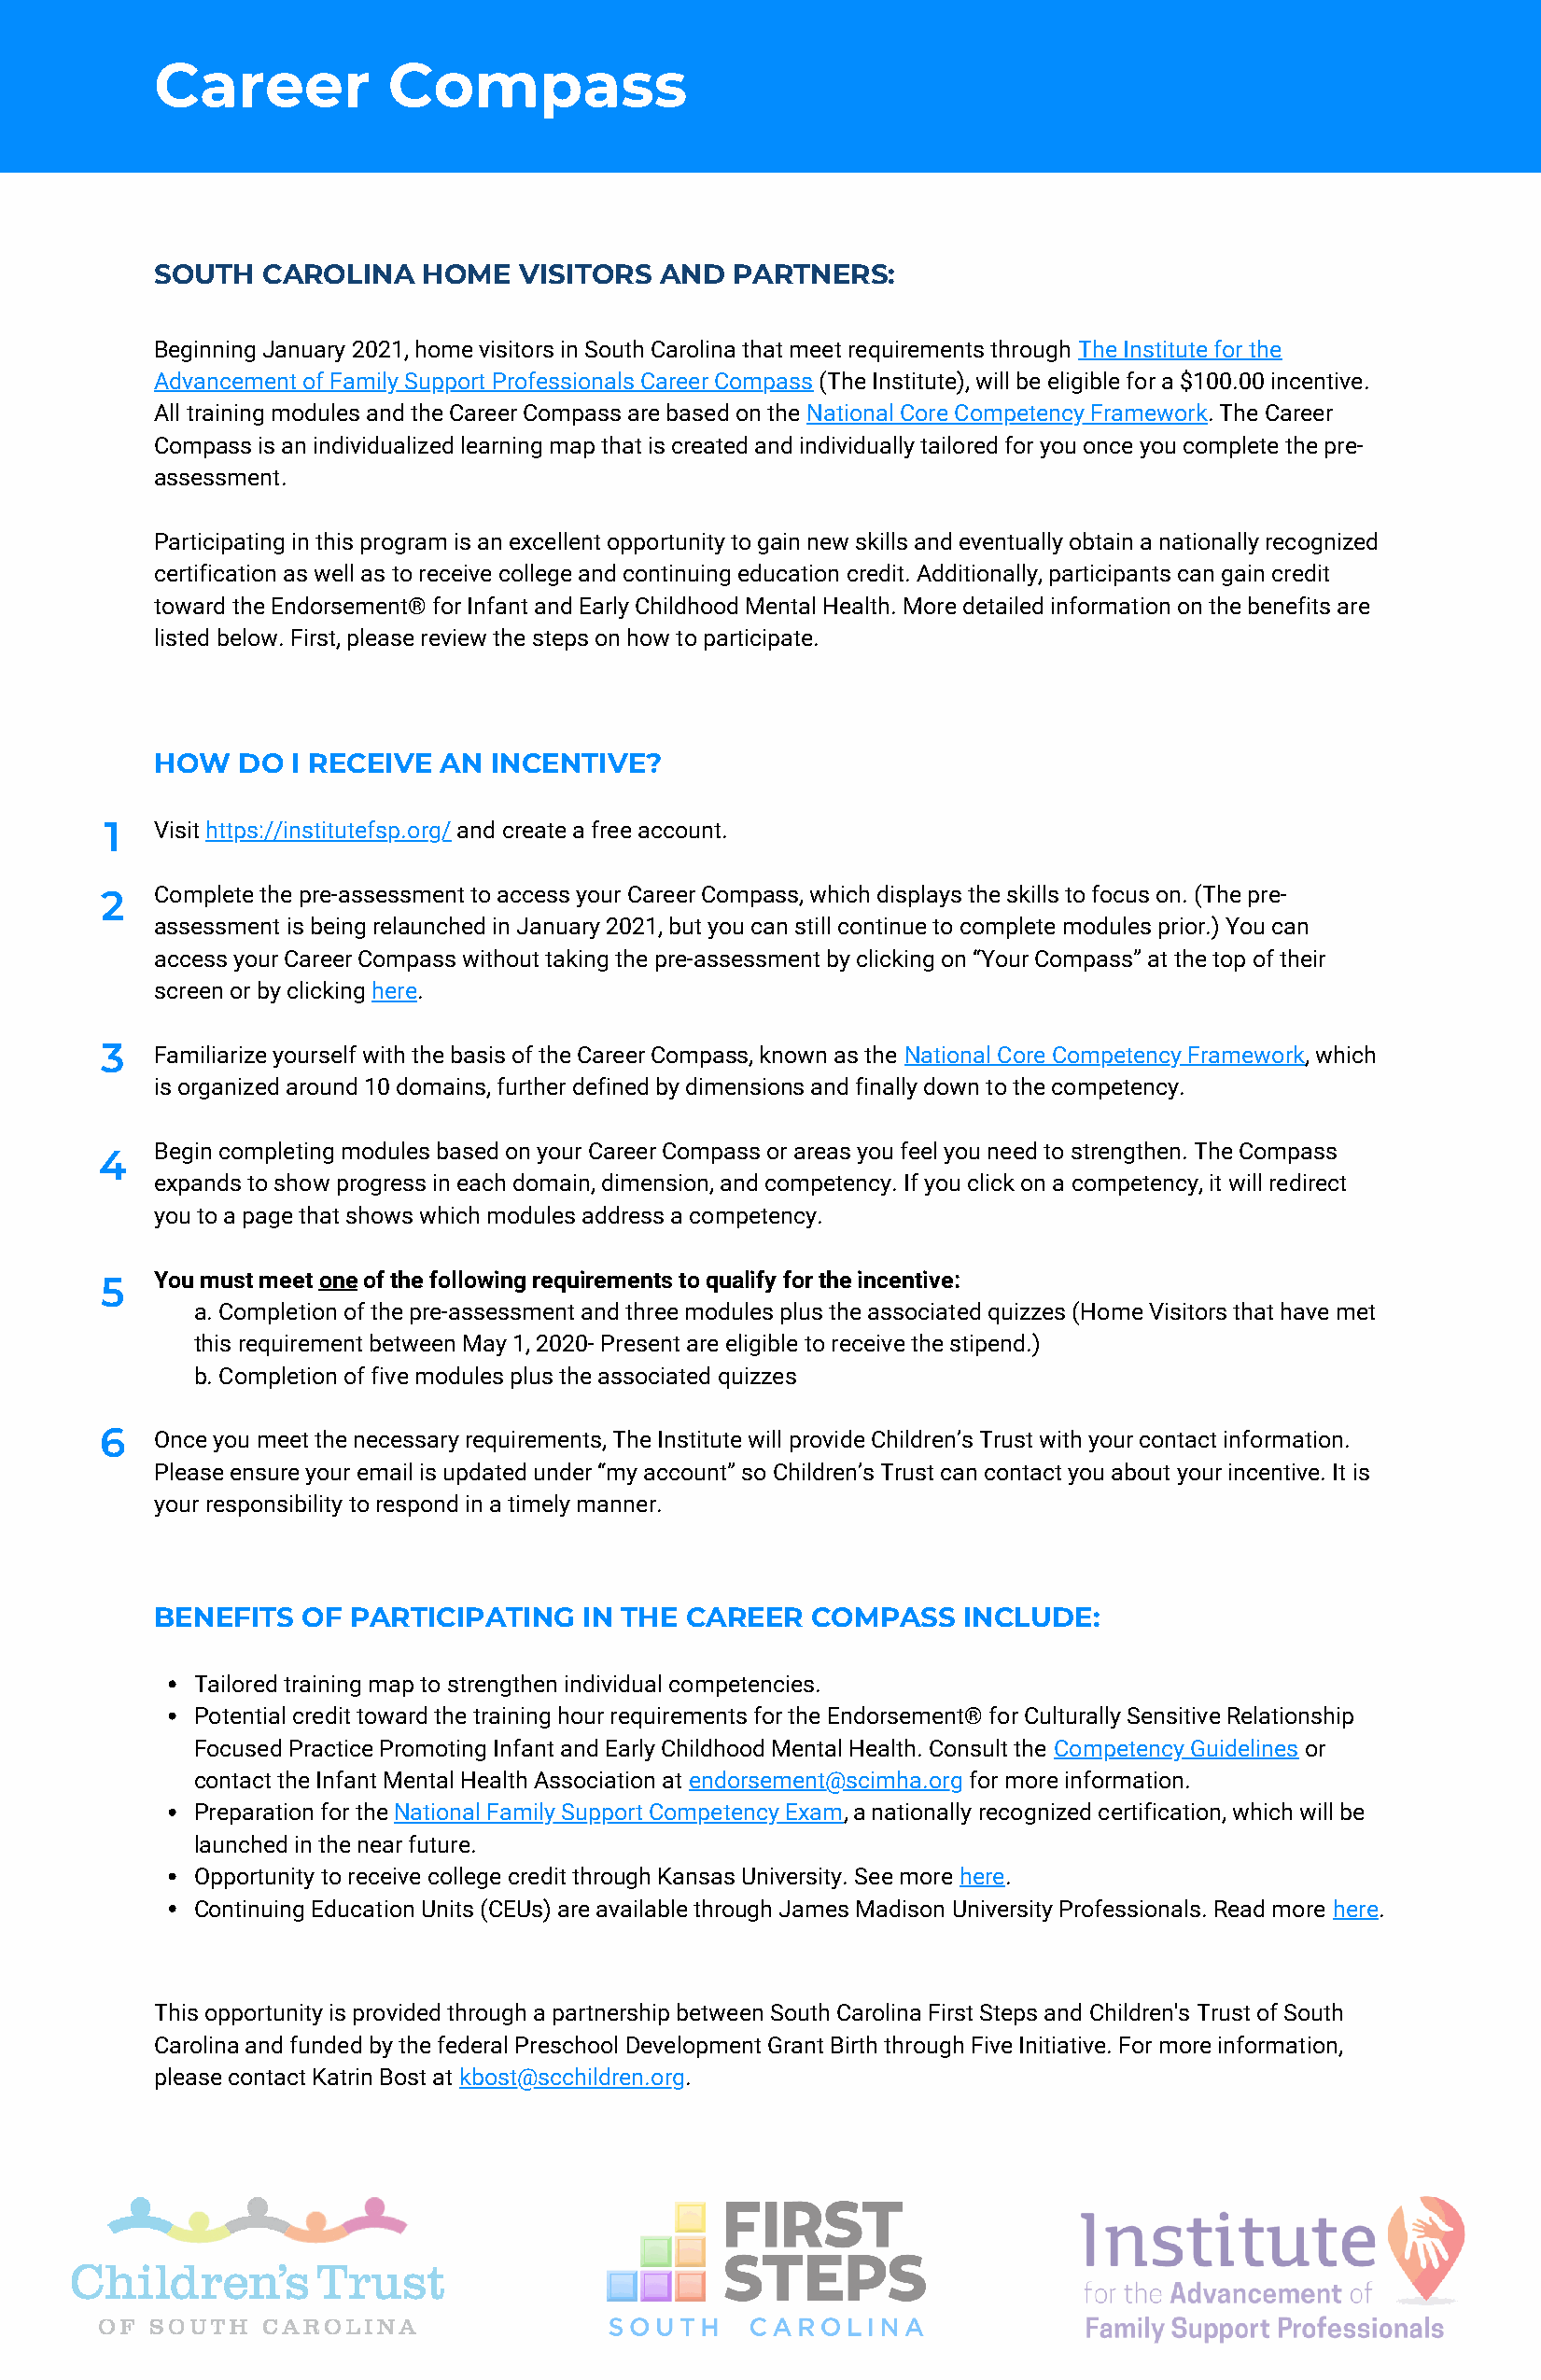
Career           Compass
 SOUTH   CAROLINA   HOME   VISITORS  AND  PARTNERS:
 Beginning January 2021, home visitors in South Carolina that meet requirements through The Institute for the
 Advancement of Family Support Professionals Career Compass (The Institute), will be eligible for a $100.00 incentive.
 All training modules and the Career Compass are based on the National Core Competency Framework. The Career
 Compass is an individualized learning map that is created and individually tailored for you once you complete the pre-
 assessment.
 Participating in this program is an excellent opportunity to gain new skills and eventually obtain a nationally recognized
 certification as well as to receive college and continuing education credit. Additionally, participants can gain credit
 toward the Endorsement® for Infant and Early Childhood Mental Health. More detailed information on the benefits are
 listed below. First, please review the steps on how to participate.
 HOW   DO  I RECEIVE AN  INCENTIVE?
 1   Visit https://institutefsp.org/ and create a free account.
 2   Complete the pre-assessment to access your Career Compass, which displays the skills to focus on. (The pre-
 assessment is being relaunched in January 2021, but you can still continue to complete modules prior.) You can
 access your Career Compass without taking the pre-assessment by clicking on “Your Compass” at the top of their
 screen or by clicking here.
 3   Familiarize yourself with the basis of the Career Compass, known as the National Core Competency Framework, which
 is organized around 10 domains, further defined by dimensions and finally down to the competency.
 Begin completing modules based on your Career Compass or areas you feel you need to strengthen. The Compass
 4
 expands to show progress in each domain, dimension, and competency. If you click on a competency, it will redirect
 you to a page that shows which modules address a competency.
 You must meet one of the following requirements to qualify for the incentive:
 5
 a. Completion of the pre-assessment and three modules plus the associated quizzes (Home Visitors that have met
 this requirement between May 1, 2020- Present are eligible to receive the stipend.)
 b. Completion of five modules plus the associated quizzes
 6   Once you meet the necessary requirements, The Institute will provide Children’s Trust with your contact information.
 Please ensure your email is updated under “my account” so Children’s Trust can contact you about your incentive. It is
 your responsibility to respond in a timely manner.
 BENEFITS  OF  PARTICIPATING   IN THE  CAREER  COMPASS    INCLUDE:
 Tailored training map to strengthen individual competencies.
 Potential credit toward the training hour requirements for the Endorsement® for Culturally Sensitive Relationship
 Focused Practice Promoting Infant and Early Childhood Mental Health. Consult the Competency Guidelines or
 contact the Infant Mental Health Association at endorsement@scimha.org for more information.
 Preparation for the National Family Support Competency Exam, a nationally recognized certification, which will be
 launched in the near future.
 Opportunity to receive college credit through Kansas University. See more here.
 Continuing Education Units (CEUs) are available through James Madison University Professionals. Read more here.
 This opportunity is provided through a partnership between South Carolina First Steps and Children's Trust of South
 Carolina and funded by the federal Preschool Development Grant Birth through Five Initiative. For more information,
 please contact Katrin Bost at kbost@scchildren.org.